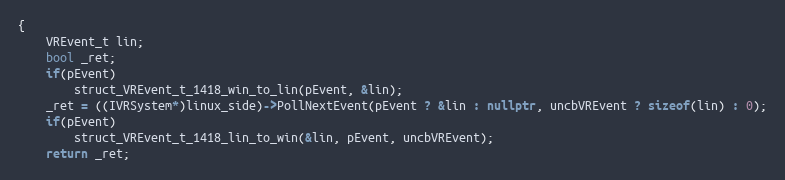
Language: C++
{
    VREvent_t lin;
    bool _ret;
    if(pEvent)
        struct_VREvent_t_1418_win_to_lin(pEvent, &lin);
    _ret = ((IVRSystem*)linux_side)->PollNextEvent(pEvent ? &lin : nullptr, uncbVREvent ? sizeof(lin) : 0);
    if(pEvent)
        struct_VREvent_t_1418_lin_to_win(&lin, pEvent, uncbVREvent);
    return _ret;